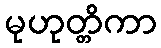
မုဟုတ္တိကာ